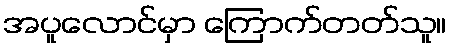
အပူလောင်မှာ ကြောက်တတ်သူ။